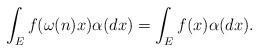
LaTeX: \begin{align*} \int_{E}f(\omega(n)x)\alpha(dx) = \int_{E}f(x)\alpha(dx).\end{align*}